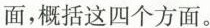
面，概括这四个方面。